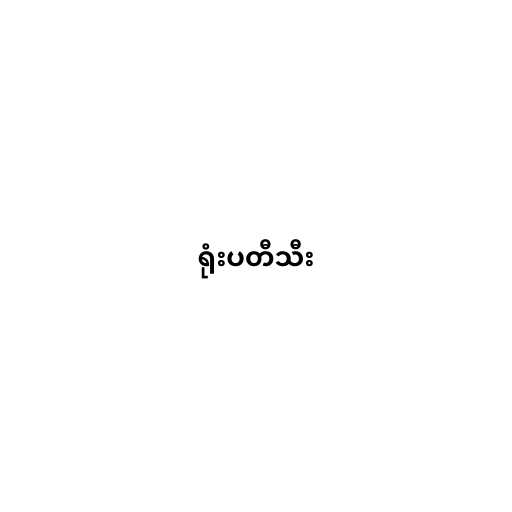
ရုံးပတီသီး